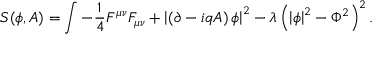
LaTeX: S ( \phi , A ) = \int - { \frac { 1 } { 4 } } F ^ { \mu \nu } F _ { \mu \nu } + \left| \left( \partial - i q A \right) \phi \right| ^ { 2 } - \lambda \left( \left| \phi \right| ^ { 2 } - \Phi ^ { 2 } \right) ^ { 2 } .